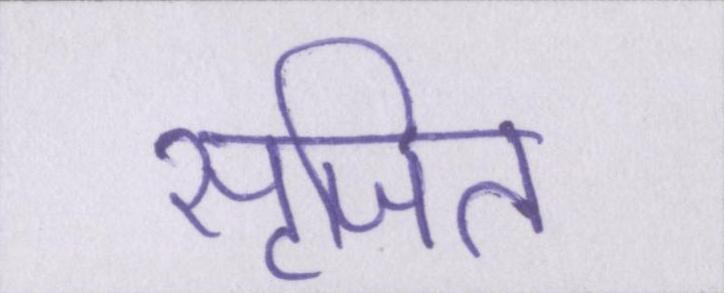
सृजित